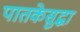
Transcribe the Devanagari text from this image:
पातकेसुद्धा